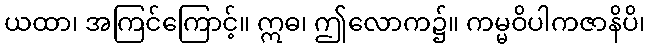
ယထာ၊ အကြင်ကြောင့်။ ဣဓ၊ ဤလောက၌။ ကမ္မဝိပါကဇာနိပိ၊